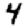
Digit: 4